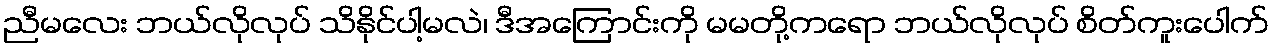
ညီမလေး ဘယ်လိုလုပ် သိနိုင်ပါ့မလဲ၊ ဒီအကြောင်းကို မမတို့ကရော ဘယ်လိုလုပ် စိတ်ကူးပေါက်